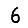
Digit: 6